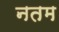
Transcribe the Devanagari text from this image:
नतम